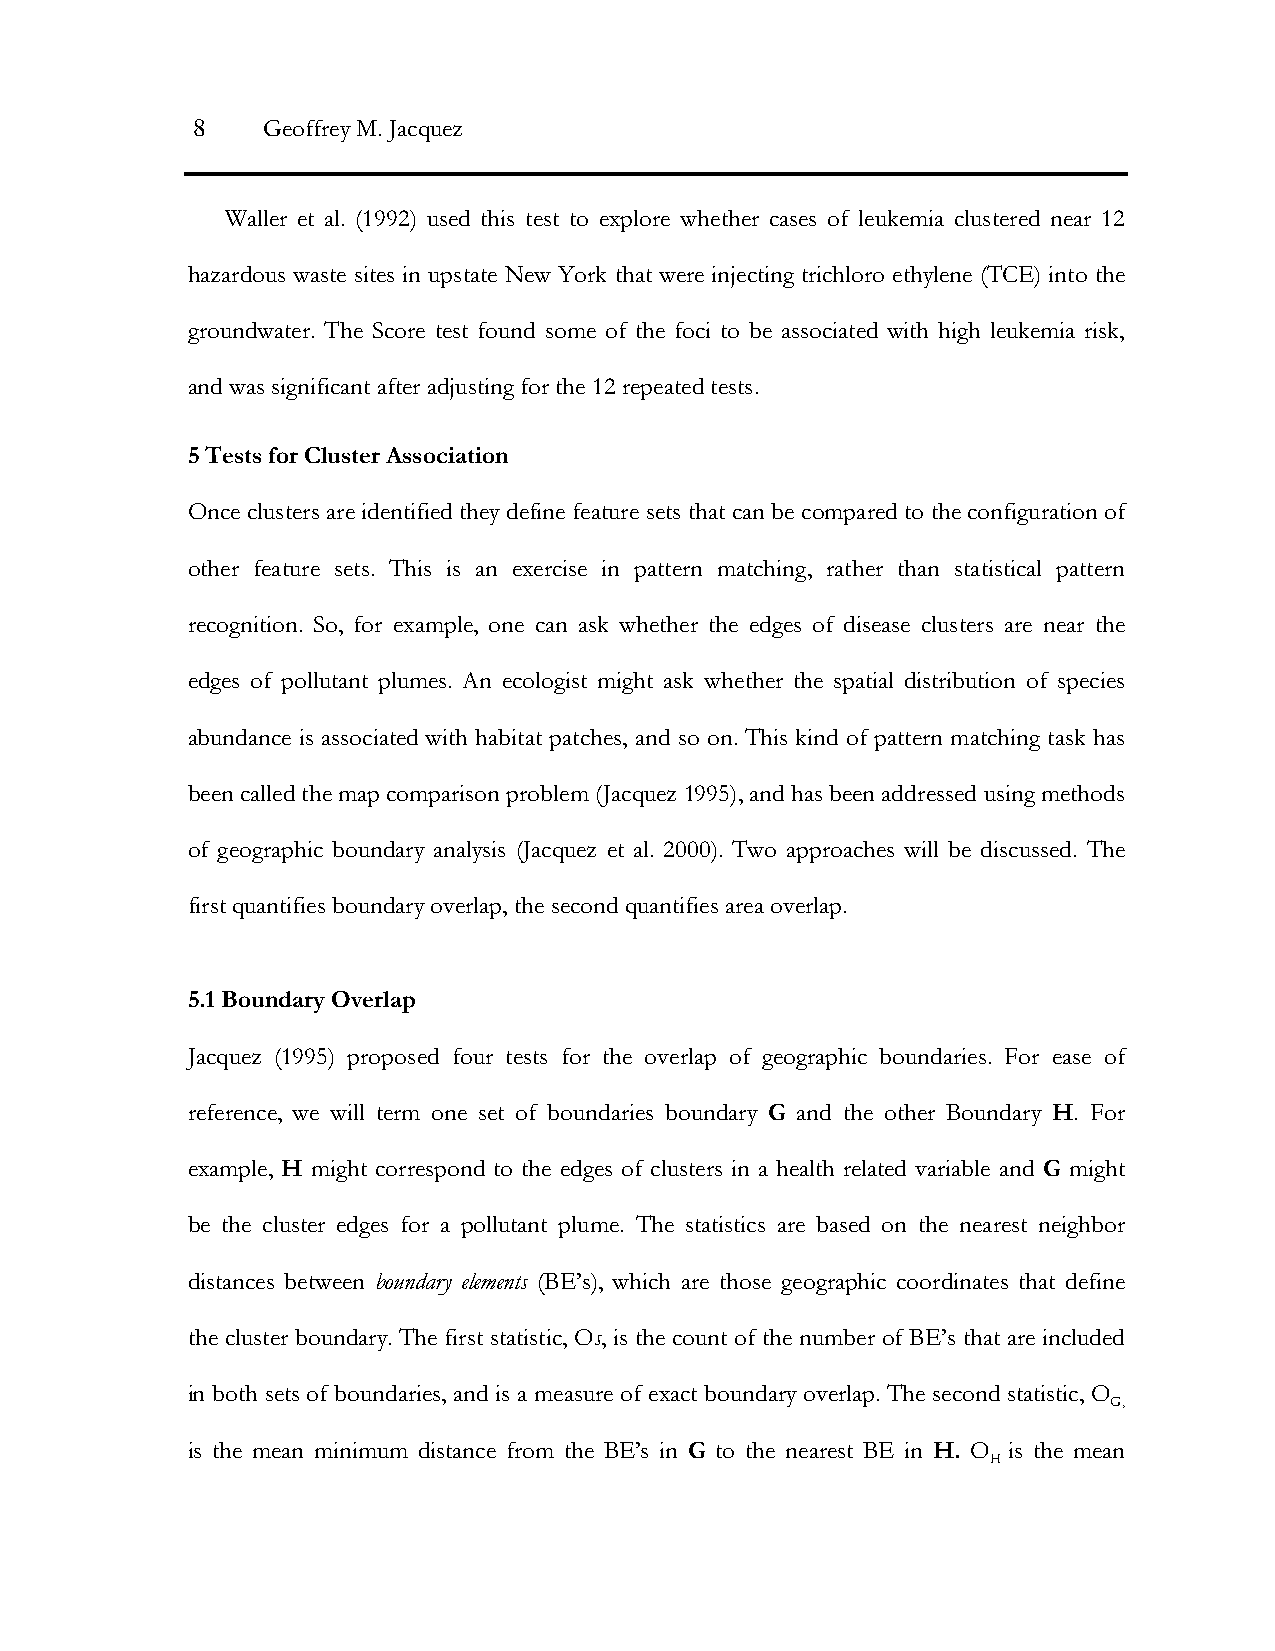
8   Geoffrey M. Jacquez
 Waller et al. (1992) used this test to explore whether cases of leukemia clustered near 12
 hazardous waste sites in upstate New York that were injecting trichloro ethylene (TCE) into the
 groundwater. The Score test found some of the foci to be associated with high leukemia risk,
 and was significant after adjusting for the 12 repeated tests.
 5 Tests for Cluster Association
 Once clusters are identified they define feature sets that can be compared to the configuration of
 other feature sets. This is an exercise in pattern matching, rather than statistical pattern
 recognition. So, for example, one can ask whether the edges of disease clusters are near the
 edges of pollutant plumes. An ecologist might ask whether the spatial distribution of species
 abundance is associated with habitat patches, and so on. This kind of pattern matching task has
 been called the map comparison problem (Jacquez 1995), and has been addressed using methods
 of geographic boundary analysis (Jacquez et al. 2000). Two approaches will be discussed. The
 first quantifies boundary overlap, the second quantifies area overlap.
 5.1 Boundary Overlap
 Jacquez (1995) proposed four tests for the overlap of geographic boundaries. For ease of
 reference, we will term one set of boundaries boundary G and the other Boundary H. For
 example, H might correspond to the edges of clusters in a health related variable and G might
 be the cluster edges for a pollutant plume. The statistics are based on the nearest neighbor
 distances between boundary elements (BE’s), which are those geographic coordinates that define
 the cluster boundary. The first statistic, Os, is the count of the number of BE’s that are included
 in both sets of boundaries, and is a measure of exact boundary overlap. The second statistic, O
 G,
 is the mean minimum distance from the BE’s in G to the nearest BE in H. O is the mean
 H